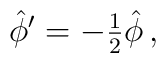
\hat{\phi}^{\prime}=-{\textstyle\frac{1}{2}}\hat{\phi}\, ,